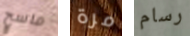
ماسح مرة رسام